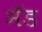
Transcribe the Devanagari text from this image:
मॅड